Lunatic asylums Madras 1877-1891 - 1877-1891
Year: 1877
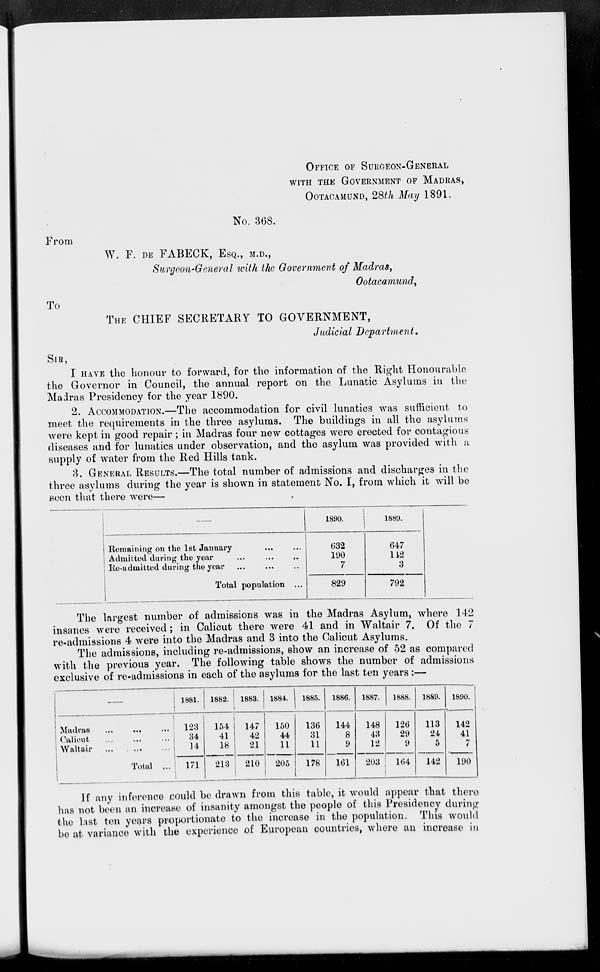
OFFICE OF SURGEON-GENERAL
WITH THE GOVERNMENT OF MADRAS,
OOTACAMUND, 28th May 1891.
No. 368.
From
W. F. DE FABECK, ESQ., M.D.,
Surgeon-General with the Government of Madras,
Ootacamund,
To
THE CHIEF SECRETARY TO GOVERNMENT,
Judicial Department.
SIR,
I HAVE the honour to forward, for the information of the Right Honourable
the Governor in Council, the annual report on the Lunatic Asylums in the
Madras Presidency for the year 1890.
2. ACCOMODATION.—The accommodation for civil lunatics was sufficient to
meet the requirements in the three asylums. The buildings in all the asylums
were kept in good repair; in Madras four new cottages were erected for contagious
diseases and for lunatics under observation, and the asylum was provided with a
supply of water from the Red Hills tank.
3. GENERAL RESULTS.—The total number of admissions and discharges in the
three asylums during the year is shown in statement No. I, from which it will be
seen that there were—
—
Remaining on the 1st January ... ...
Admitted during the year
...
...
...
Re-admitted during the year
...
...
...
Total population ...
1890.
632
190
7
829
1889.
647
142
3
792
The largest number of admissions was in the Madras Asylum, where 142
insanes were received; in Calicut there were 41 and in Waltair 7, Of the 7
re-admissions 4 were into the Madras and 3 into the Calicut Asylums.
The admissions, including re-admissions, show an increase of 52 as compared
with the previous year. The following table shows the number of admissions
exclusive of re-admissions in each of the asylums for the last ten years:—
—
Madras ... ... ...
Calicut ... ... ...
Waltair
...
...
...
Total ...
1881.
123
34
14
171
1882.
154
41
18
213
1883.
147
42
21
210
1884.
150
44
11
205
1885.
136
31
11
178
1886.
144
8
9
161
1887.
148
43
12
203
1888.
126
29
9
164
1889.
113
24
5
142
1890.
142
41
7
190
If any inference could be drawn from this table, it would appear that there
has not been an increase of insanity amongst the people of this Presidency during
the last ten years proportionate to the increase in the population. This would
be at variance with the experience of European countries, where an increase in